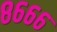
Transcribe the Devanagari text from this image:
८६६६